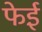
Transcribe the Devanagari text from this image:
फेई